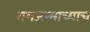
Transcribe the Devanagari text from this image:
रामजन्माच्याच